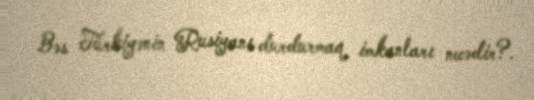
Bəs Türkiyənin Rusiyanı durdurmaq imkanları necədir?.